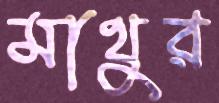
মাথুর